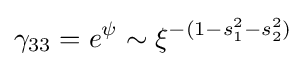
\gamma _{33}=e^{\psi }\sim \xi ^{-(1-s_{1}^{2}-s_{2}^{2})}